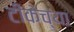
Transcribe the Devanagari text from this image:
टीकेच्या